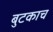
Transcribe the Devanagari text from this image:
बुटकाच